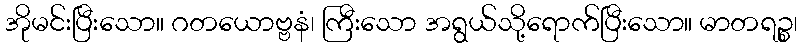
အိုမင်းပြီးသော။ ဂတယောဗ္ဗနံ၊ ကြီးသော အရွယ်သို့ရောက်ပြီးသော။ မာတရဉ္စ၊